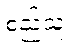
စည်သူ